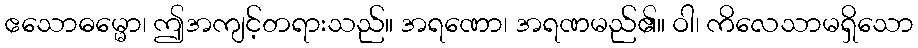
ဧသောဓမ္မော၊ ဤအကျင့်တရားသည်။ အရဏော၊ အရဏမည်၏။ ဝါ၊ ကိလေသာမရှိသော